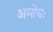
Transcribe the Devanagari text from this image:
अमोघः